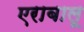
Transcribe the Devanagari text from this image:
एराबालू